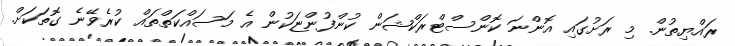
ރައްޔިތުން. މި ރަށުގައި އޮންނަ ކޮންސްޓްރަކްޝަން ކުންފުންޏަކުން އެ މަސައްކަތްތައް ކުރެވޭނެ ގޮތަކަށް.